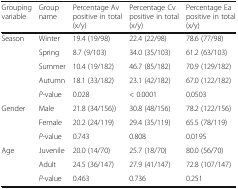
| Grouping variable | Group name | Percentage Av positive in total (x/y) | Percentage Cv positive in total (x/y) | Percentage Ea positive in total (x/y) |
 | --- | --- | --- | --- | --- |
 | <ROWSPAN=5> Season | Winter | 19.4 (19/98) | 22.4 (22/98) | 78.6 (77/98) |
 | Spring | 8.7 (9/103) | 34.0 (35/103) | 61.2 (63/103) |
 | Summer | 10.4 (19/182) | 46.7 (85/182) | 70.9 (129/182) |
 | Autumn | 18.1 (33/182) | 23.1 (42/182) | 67.0 (122/182) |
 | P-value | 0.028 | < 0.0001 | 0.0503 |
 | <ROWSPAN=3> Gender | Male | 21.8 (34/156)) | 30.8 (48/156) | 78.2 (122/156) |
 | Female | 20.2 (24/119) | 29.4 (35/119) | 65.5 (78/119) |
 | P-value | 0.743 | 0.808 | 0.0195 |
 | <ROWSPAN=3> Age | Juvenile | 20.0 (14/70) | 25.7 (18/70) | 80.0 (56/70) |
 | Adult | 24.5 (36/147) | 27.9 (41/147) | 72.8 (107/147) |
 | P-value | 0.463 | 0.736 | 0.251 |